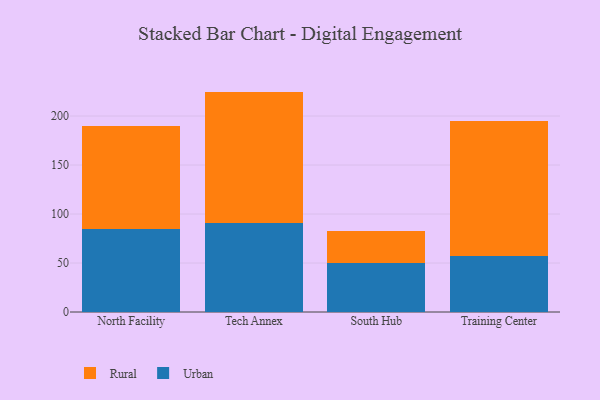
{"axis": {"x": "Campus", "y": "LTV (USD)"}, "legend": ["Rural", "Urban"], "data": [{"x": "North Facility", "y": 84.3, "type": "Urban"}, {"x": "North Facility", "y": 106.0, "type": "Rural"}, {"x": "Tech Annex", "y": 90.9, "type": "Urban"}, {"x": "Tech Annex", "y": 134.0, "type": "Rural"}, {"x": "South Hub", "y": 49.9, "type": "Urban"}, {"x": "South Hub", "y": 32.4, "type": "Rural"}, {"x": "Training Center", "y": 57.3, "type": "Urban"}, {"x": "Training Center", "y": 137.1, "type": "Rural"}]}